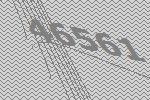
46561